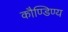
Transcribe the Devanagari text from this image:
कौण्डिण्य